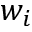
w _ { i }